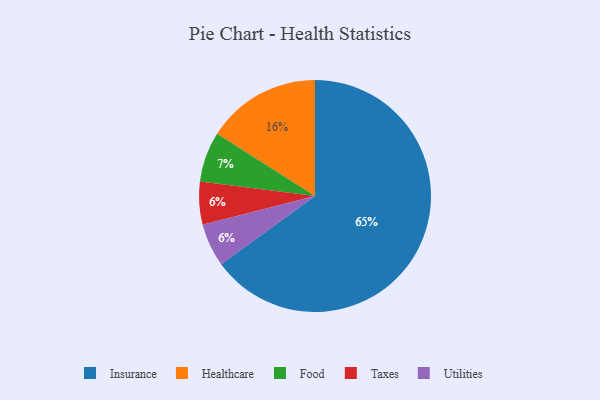
{"axis": {"x": "Category", "y": "Percentage"}, "legend": ["Food", "Healthcare", "Insurance", "Taxes", "Utilities"], "data": [{"x": "Taxes", "y": 6, "type": "Taxes"}, {"x": "Food", "y": 7, "type": "Food"}, {"x": "Utilities", "y": 6, "type": "Utilities"}, {"x": "Insurance", "y": 65, "type": "Insurance"}, {"x": "Healthcare", "y": 16, "type": "Healthcare"}]}